Vaccination in Burma 1889-1999 - 1889-1999
Year: 1889
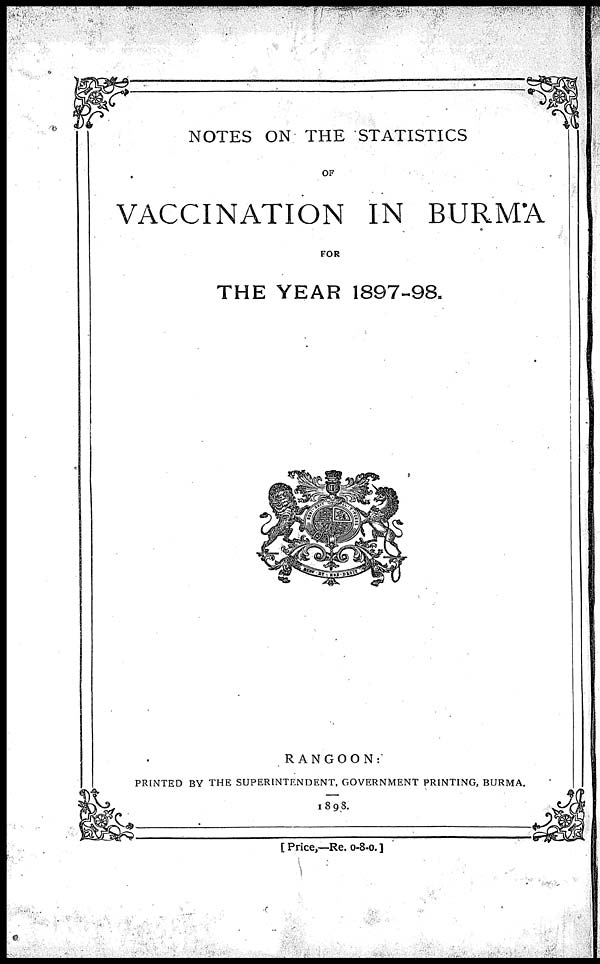
NOTES ON THE STATISTICS
OF
VACCINATION IN BURMA
FOR
THE YEAR 1897-98.
RANGOON:
PRINTED BY THE SUPERINTENDENT, GOVERNMENT PRINTING, BURMA.
1898.
[ Price,—Re. 0-8- . ]